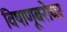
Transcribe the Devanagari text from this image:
विषाणूबरोबर